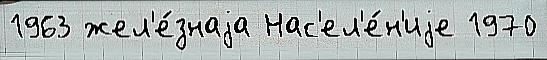
1963 жел'е́знаjа Нас'ел'е́н'иjе 1970